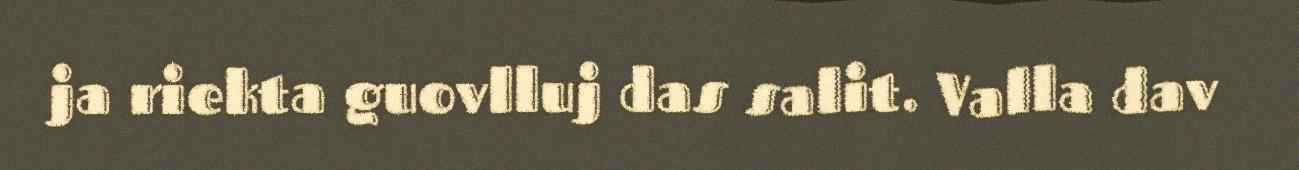
ja riekta guovlluj das salit. Valla dav